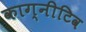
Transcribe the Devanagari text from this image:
काग्नीटिव